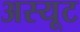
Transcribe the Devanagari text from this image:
अस्यूट